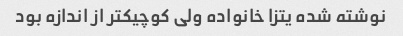
نوشته شده یتزا خانواده ولی کوچیکتر از اندازه بود